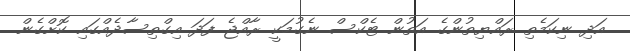
އަދި ނިކަމެތި ރައްޔިތުންގެ އަތުން ޓެކްސް ނެގުމަކީ ރާއްޖެ ފަދަ އިގްތިސާދެއްގައި ކޮށްގެން